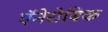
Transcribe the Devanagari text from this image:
ऍनेरोबिक